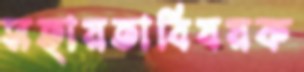
সহায়তাবিষয়ক